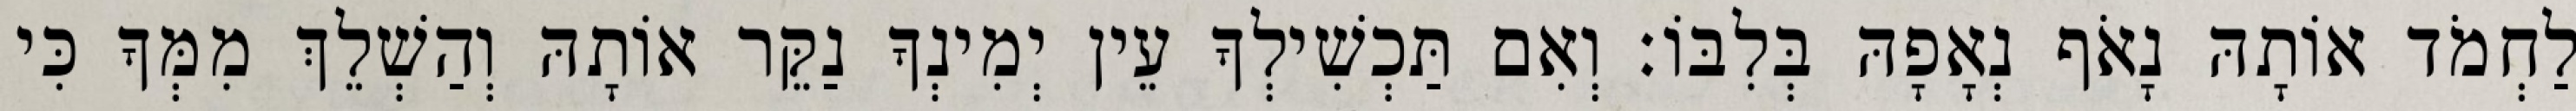
לַחְמֹד אוֹתָהּ נָאֹף נְאָפָהּ בְּלִבּוֹ׃ וְאִם תַּכְשִׁילְךָ עֵין יְמִינְךָ נַקֵּר אוֹתָהּ וְהַשְׁלֵךְ מִמְּךָ כִּי